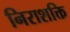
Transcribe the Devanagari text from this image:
निराशक्ति